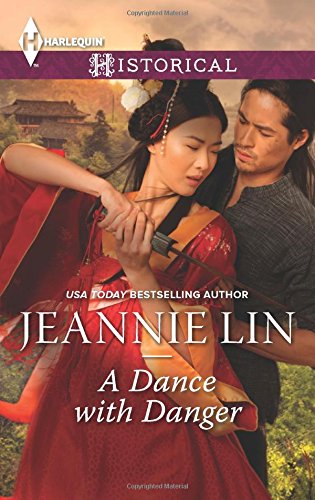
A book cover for A Dance with Danger (Rebels and Lovers); Jeannie Lin; Romance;